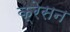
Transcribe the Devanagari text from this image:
क्रेसन